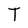
Character: T